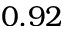
0 . 9 2